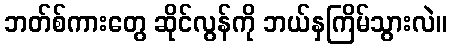
ဘတ်စ်ကားတွေ ဆိုင်လွန်ကို ဘယ်နှကြိမ်သွားလဲ။